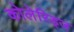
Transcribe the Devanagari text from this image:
कोलेरिड्ज